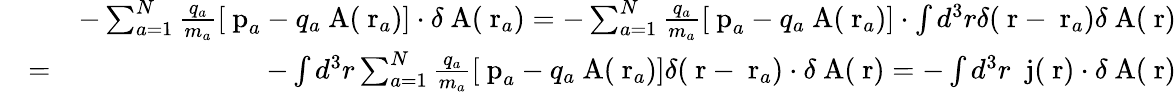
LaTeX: \begin{array}{rlr}&{}&{-\sum_{a=1}^{N}\frac{q_{a}}{m_{a}}\left[\mathrm{\mathbf~p}_{a}-q_{a}\mathrm{\mathbf~A}(\mathrm{\mathbf~r}_{a})\right]\cdot\delta\mathrm{\mathbf~A}(\mathrm{\mathbf~r}_{a})=-\sum_{a=1}^{N}\frac{q_{a}}{m_{a}}\left[\mathrm{\mathbf~p}_{a}-q_{a}\mathrm{\mathbf~A}(\mathrm{\mathbf~r}_{a})\right]\cdot\int d^{3}r\delta(\mathrm{\mathbf~r}-\mathrm{\mathbf~r}_{a})\delta\mathrm{\mathbf~A}(\mathrm{\mathbf~r})}\\ &{=}&{-\int d^{3}r\sum_{a=1}^{N}\frac{q_{a}}{m_{a}}\left[\mathrm{\mathbf~p}_{a}-q_{a}\mathrm{\mathbf~A}(\mathrm{\mathbf~r}_{a})\right]\delta(\mathrm{\mathbf~r}-\mathrm{\mathbf~r}_{a})\cdot\delta\mathrm{\mathbf~A}(\mathrm{\mathbf~r})=-\int d^{3}r\; \mathrm{\mathbf~j}(\mathrm{\mathbf~r})\cdot\delta\mathrm{\mathbf~A}(\mathrm{\mathbf~r})}\end{array}